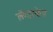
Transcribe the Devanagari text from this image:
लॅण्डस्केप